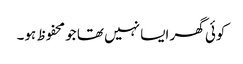
کوئی گھر ایسا نہیں تھا جو محفوظ ہو۔